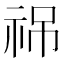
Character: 𥙙